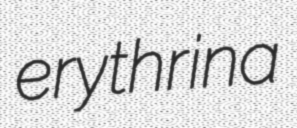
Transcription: erythrina